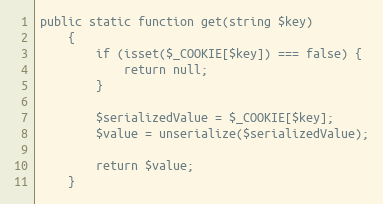
Language: PHP
public static function get(string $key)
    {
        if (isset($_COOKIE[$key]) === false) {
            return null;
        }

        $serializedValue = $_COOKIE[$key];
        $value = unserialize($serializedValue);

        return $value;
    }